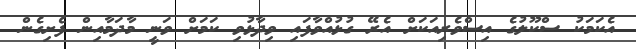
އެކަމަކު ސްކޫލުގެ އިސްވެރިއަކަށް އެރޭ ގުޅުއްވާފައި ވިދާޅުވި ކަމަށް ވަނީ މާދަމާއިން ފެށިގެން